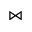
\Join